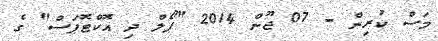
މަސް ކުރިން - 07 ޖޫން 2014 "ޕޯލް ދި އޮކްޓޮޕަސް" ގެ